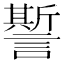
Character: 𧬊